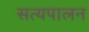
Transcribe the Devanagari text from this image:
सत्यपालन